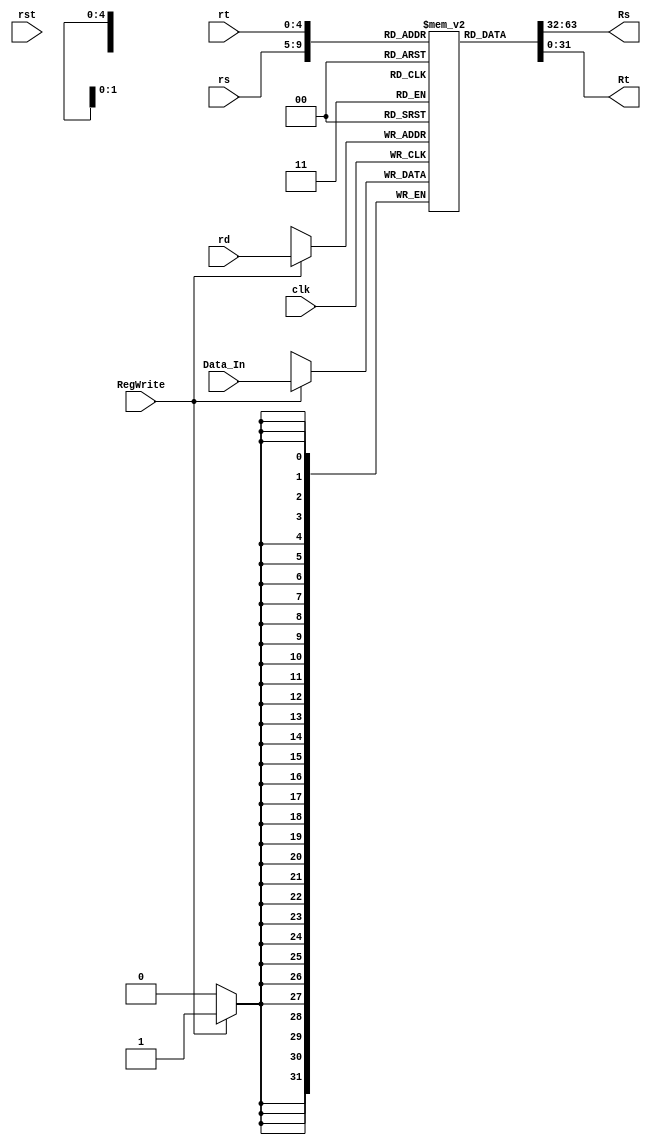
module RegisterFile_PP(
output [31:0] Rs,
output [31:0] Rt,
input [31:0] Data_In,
input [4:0] rs,
input [4:0] rt,
input [4:0] rd,
input rst,
input clk,
input RegWrite
);

reg [31:0] regfile [31:0];

initial begin 
regfile[0] = 32'd54;
regfile[1] = 32'd55;
regfile[2] = 32'd56;
regfile[3] = 32'd57;
regfile[4] = 32'd58;
regfile[5] = 32'd59;
regfile[6] = 32'd60;
regfile[7] = 32'd5;
regfile[8] = 32'd10;
regfile[9] = 32'd10;
regfile[10] = 32'd61;
regfile[11] = 32'd62;
regfile[12] = 32'd63;
regfile[13] = 32'd64;
regfile[14] = 32'd65;
regfile[15] = 32'd66;
end

assign Rs = regfile[rs];
assign Rt = regfile[rt];

always@(negedge clk) begin
if(RegWrite)
 regfile[rd] <= Data_In;
end

endmodule